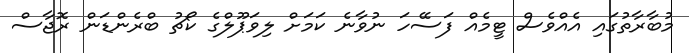
މުބާރާތުގައި އެއްވެސް ޓީމެއް ފަސޭހަ ނުވާނެ ކަމަށް ލިވަޕޫލްގެ ކޯޗު ބްރެެންޑަން ރޮޖާސް